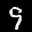
Label: 9